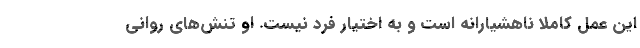
این عمل کاملا ناهشیارانه است و به اختیار فرد نیست. او تنش‌های روانی